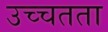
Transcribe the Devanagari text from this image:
उच्चतता